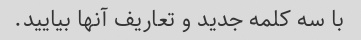
با سه کلمه جدید و تعاریف آنها بیایید.